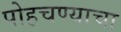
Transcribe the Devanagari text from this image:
पोहचण्याचा